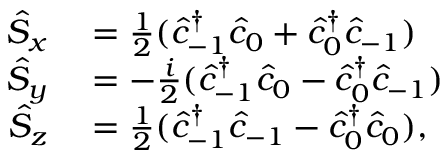
\begin{array} { r l } { \hat { S } _ { x } } & { { } = \frac { 1 } { 2 } ( \hat { c } _ { - 1 } ^ { \dagger } \hat { c } _ { 0 } + \hat { c } _ { 0 } ^ { \dagger } \hat { c } _ { - 1 } ) } \\ { \hat { S } _ { y } } & { { } = - \frac { i } { 2 } ( \hat { c } _ { - 1 } ^ { \dagger } \hat { c } _ { 0 } - \hat { c } _ { 0 } ^ { \dagger } \hat { c } _ { - 1 } ) } \\ { \hat { S } _ { z } } & { { } = \frac { 1 } { 2 } ( \hat { c } _ { - 1 } ^ { \dagger } \hat { c } _ { - 1 } - \hat { c } _ { 0 } ^ { \dagger } \hat { c } _ { 0 } ) , } \end{array}